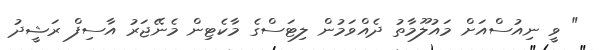
" ވީ ނިއުސްއަށް މައުލޫމާތު ދެއްވަމުން ލިޓަސްގެ މާކެޓިން މެނޭޖަރު އާސިފް ރަޝީދު